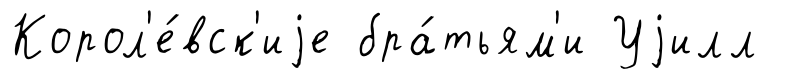
Корол'е́вск'иjе бра́тьям'и Уjилл